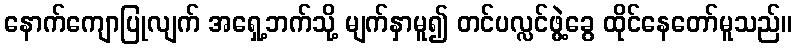
နောက်ကျောပြုလျက် အရှေ့ဘက်သို့ မျက်နှာမူ၍ တင်ပလ္လင်ဖွဲ့ခွေ ထိုင်နေတော်မူသည်။